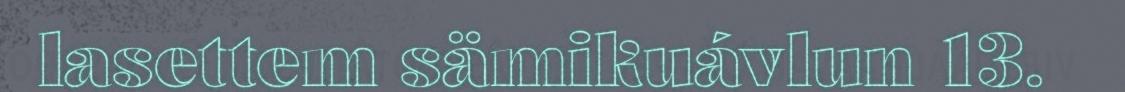
lasettem sämikuávlun 13.